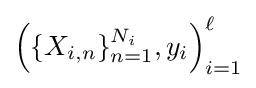
{\left(\{X_{i,n}\}_{n=1}^{N_{i}},y_{i}\right)}_{i=1}^{\ell }